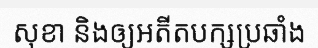
សុខា និងឲ្យអតីតបក្សប្រឆាំង